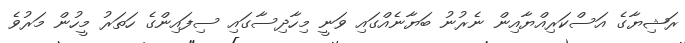
ރަޝިޔާގެ އަސްކަރިއްޔާއިން ނެރުނު ބަޔާނެއްގައި ވަނީ މިހާދިސާގައި ސިފައިންގެ ހަތަރު މީހުން މަރުވެ